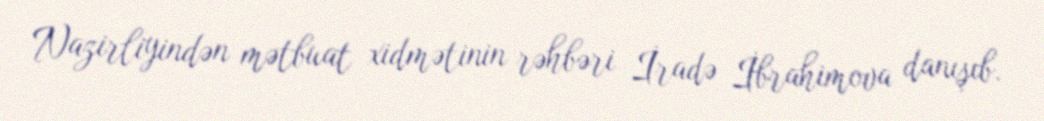
Nazirliyindən mətbuat xidmətinin rəhbəri İradə İbrahimova danışıb.